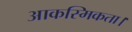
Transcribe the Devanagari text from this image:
आकस्मिकता।